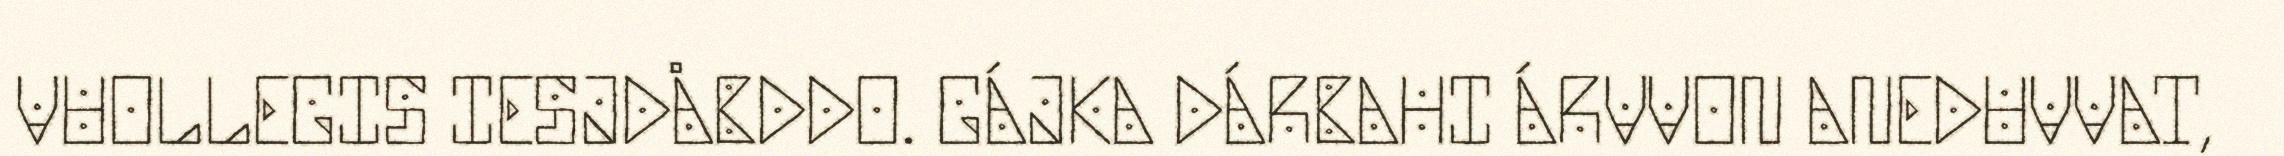
VUOLLEGIS IESJDÅBDDO. GÁJKA DÁRBAHI ÁRVVON ANEDUVVAT,